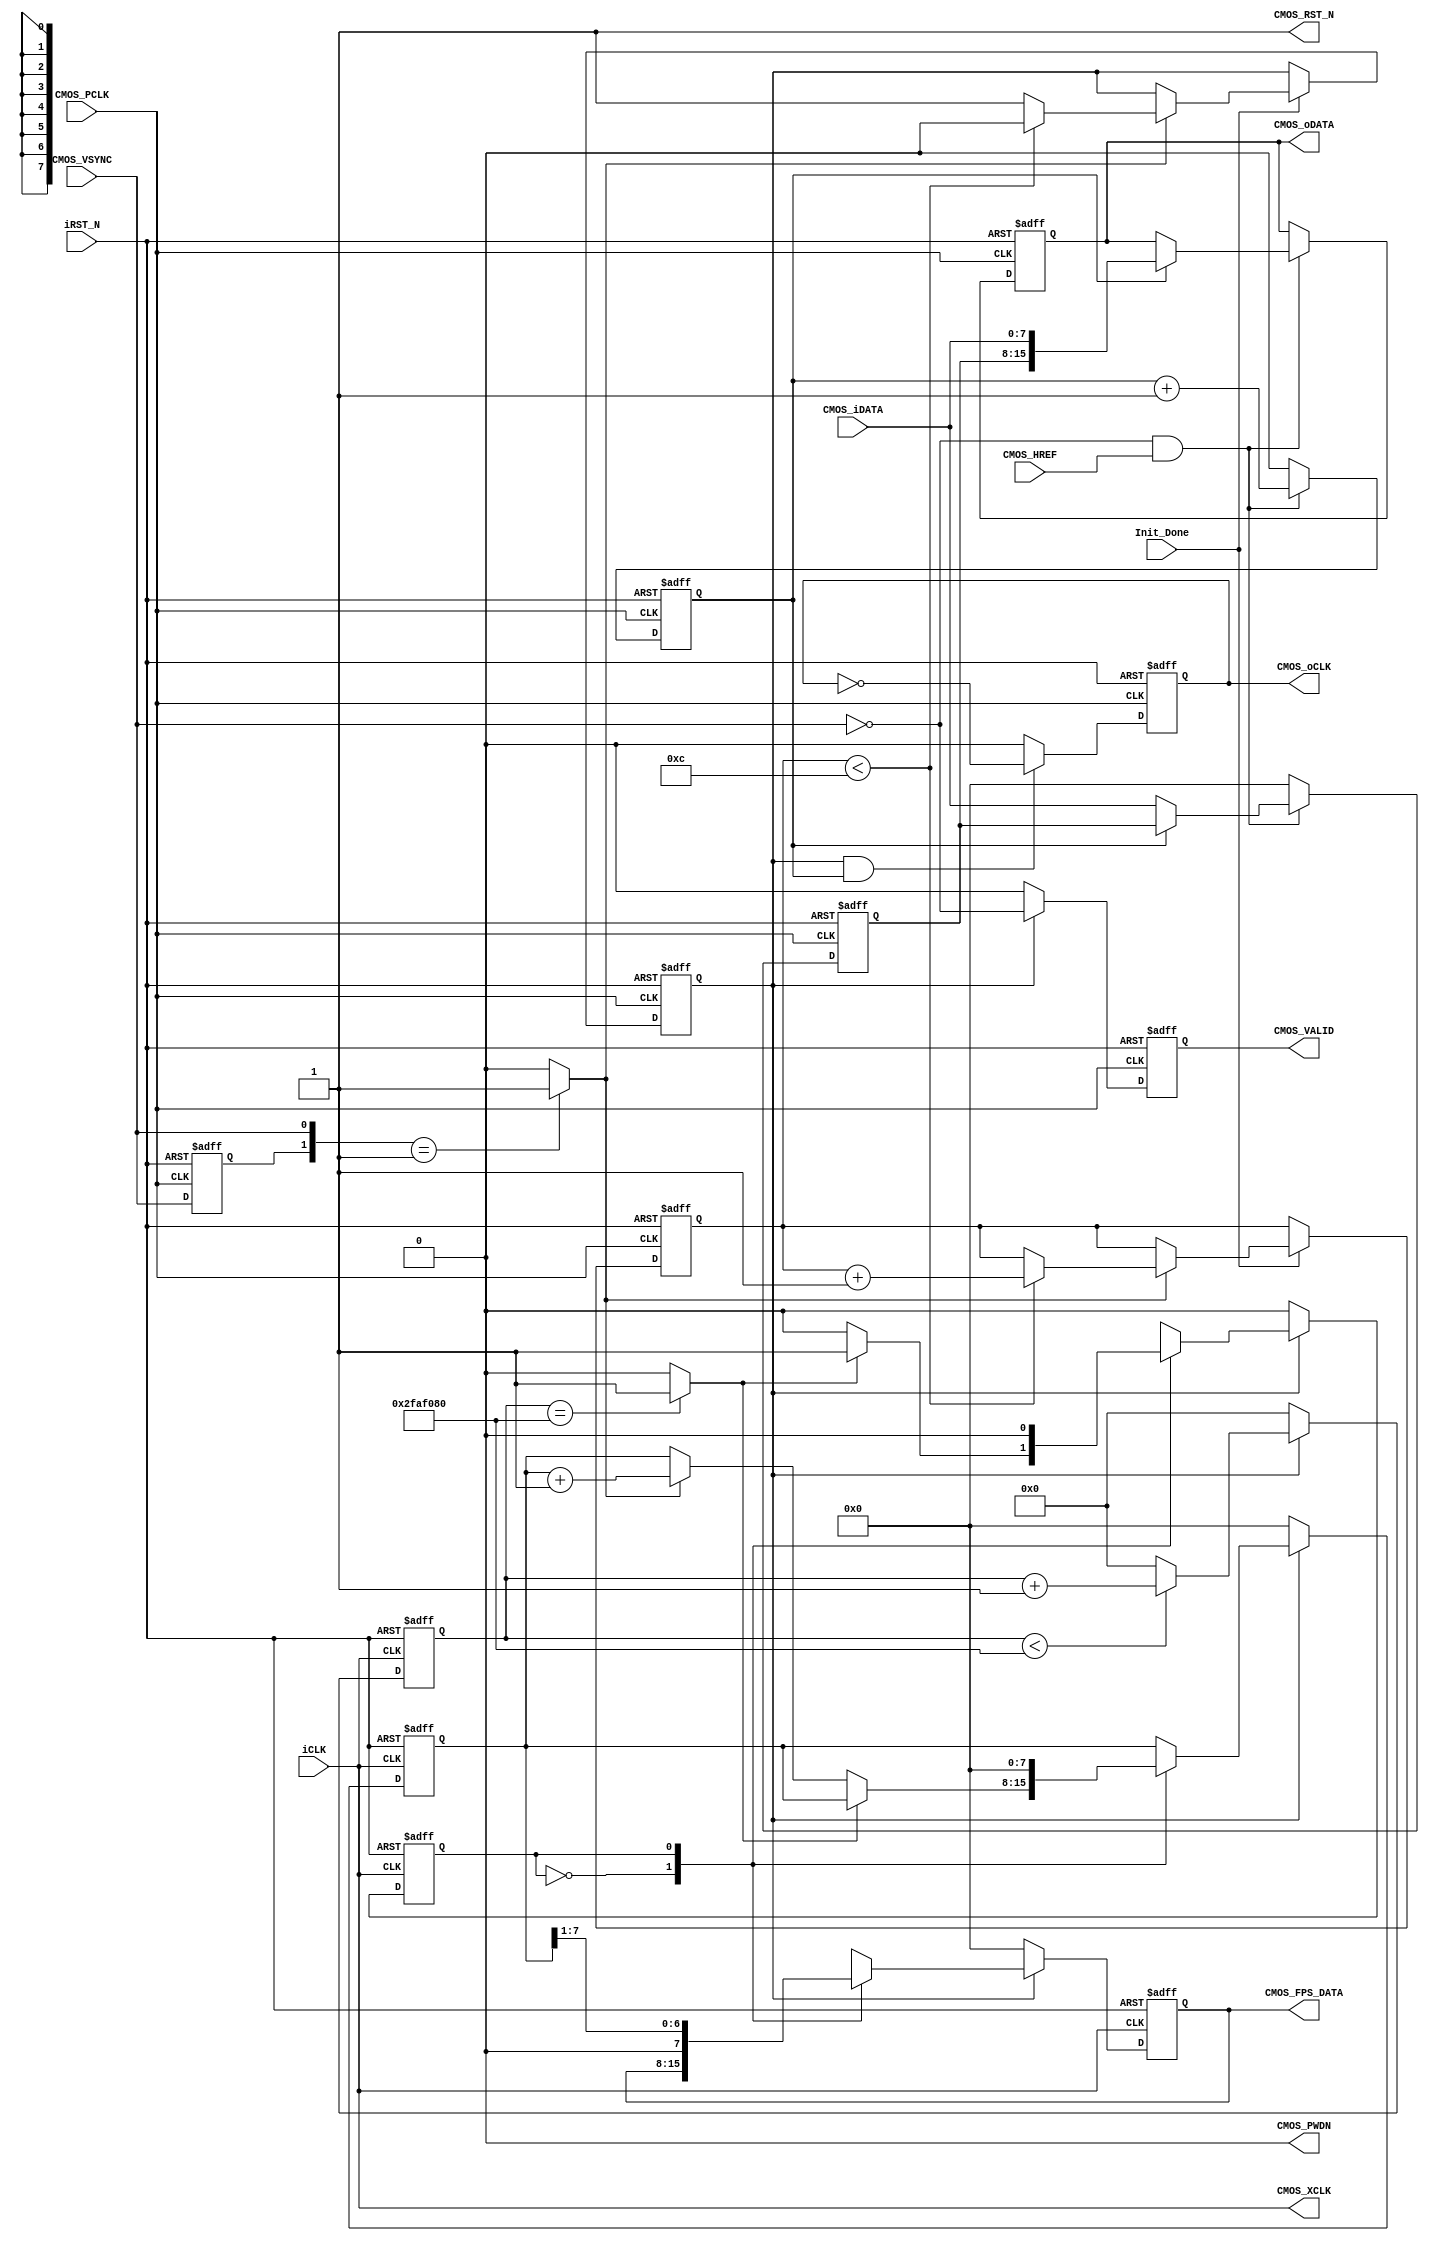
/*-------------------------------------------------------------------------
This confidential and proprietary software may be only used as authorized
by a licensing agreement from Amfpga.
(C) COPYRIGHT 2012 CrazyBingo. ALL RIGHTS RESERVED
Filename			:		CMOS_Capture.v
Author				:		amfpga
Data				:		2013-01-11
Version				:		2.0
Description			:		sdram test with uart interface.
Modification History	:
Data			By			Version			Change Description
===========================================================================

--------------------------------------------------------------------------*/

`timescale 1ns/1ns
module CMOS_Capture
(
	//Global Clock
	input				iCLK,			//25MHz
	input				iRST_N,

	//I2C Initilize Done
	input				Init_Done,		//Init Done
	
	//Sensor Interface
	output				CMOS_RST_N,		//cmos work state(5ms delay for sccb config)
	output				CMOS_PWDN,      //cmos power on	
	output				CMOS_XCLK,		//25MHz
	input				CMOS_PCLK,		//25MHz
	input	[7:0]		CMOS_iDATA,		//CMOS Data
	input				CMOS_VSYNC,		//L: Vaild
	input				CMOS_HREF,		//H: Vaild
	
	//Ouput Sensor Data
	output	reg			CMOS_oCLK,		//1/2 PCLK
	output	reg	[15:0]	CMOS_oDATA,		//16Bits RGB		
	output	reg			CMOS_VALID,		//Data Enable
	output	reg	[7:0]	CMOS_FPS_DATA	//cmos fps
);
assign	CMOS_RST_N = 1'b1;		//cmos work state(5ms delay for sccb config)
assign  CMOS_PWDN = 1'b0;		//cmos power on	
assign	CMOS_XCLK = iCLK;		//25MHz XCLK


//-----------------------------------------------------
////Sensor HS & VS Vaild Capture
/**************************************************
________							       ________
VS		|_________________________________|
HS			  _______	 	   _______
_____________|       |__...___|       |____________
**************************************************/

/*
//----------------------------------------------
reg		mCMOS_HREF;		//
always@(posedge CMOS_PCLK or negedge iRST_N)
begin
	if(!iRST_N)
		mCMOS_HREF <= 0;
	else
		mCMOS_HREF <= CMOS_HREF;		
end
wire	CMOS_HREF_over = ({mCMOS_HREF,CMOS_HREF} == 2'b10) ? 1'b1 : 1'b0;		//HREF 
*/

//----------------------------------------------
reg		mCMOS_VSYNC;
always@(posedge CMOS_PCLK or negedge iRST_N)
begin
	if(!iRST_N)
		mCMOS_VSYNC <= 1;
	else
		mCMOS_VSYNC <= CMOS_VSYNC;		//
end
wire	CMOS_VSYNC_over = ({mCMOS_VSYNC,CMOS_VSYNC} == 2'b01) ? 1'b1 : 1'b0;	//VSYNC


/*
//--------------------------------------------
//Counter the HS & VS Pixel
localparam		H_DISP	=	12'd640;
localparam		V_DISP	=	12'd480;
reg		[11:0]	X_Cont;	//640
reg		[11:0]	Y_Cont;	//480
always@(posedge CMOS_PCLK or negedge iRST_N)
begin
	if(!iRST_N)
		X_Cont <= 0;
	else if(~CMOS_VSYNC & CMOS_HREF)			//
		X_Cont <= (byte_state == 1'b1) ?  X_Cont + 1'b1 : X_Cont;
	else
		X_Cont <= 0;
end

always@(posedge CMOS_PCLK or negedge iRST_N)
begin
	if(!iRST_N)
		Y_Cont <= 0;
	else if(CMOS_VSYNC == 1'b0)
		begin
		if(CMOS_HREF_over == 1'b1)		//HREF 
			Y_Cont <= Y_Cont + 1'b1;
		end
	else
		Y_Cont <= 0;
end
*/

//-----------------------------------------------------
//Change the sensor data from 8 bits to 16 bits.
reg			byte_state;		//byte state count
reg [7:0]  	Pre_CMOS_iDATA;
always@(posedge CMOS_PCLK or negedge iRST_N)
begin
	if(!iRST_N)
		begin
		byte_state <= 0;
		Pre_CMOS_iDATA <= 8'd0;
		CMOS_oDATA <= 16'd0;
		end
	else
		begin
		if(~CMOS_VSYNC & CMOS_HREF)			//{first_byte, second_byte} 
			begin
			byte_state <= byte_state + 1'b1;	//RGB565 = {first_byte, second_byte}
			case(byte_state)
			1'b0 :	Pre_CMOS_iDATA[7:0] <= CMOS_iDATA;
			1'b1 : 	CMOS_oDATA[15:0] <= {Pre_CMOS_iDATA[7:0], CMOS_iDATA[7:0]};
			endcase
			end
		else
			begin
			byte_state <= 0;
			Pre_CMOS_iDATA <= 8'd0;
			CMOS_oDATA <= CMOS_oDATA;
			end
		end
end


//--------------------------------------------
//Wait for Sensor output Data valid 10 Franme
reg	[3:0] 	Frame_Cont;
reg 		Frame_valid;
always@(posedge CMOS_PCLK or negedge iRST_N)
begin
	if(!iRST_N)
		begin
		Frame_Cont <= 0;
		Frame_valid <= 0;
		end
	else if(Init_Done)					//CMOS I2C
		begin
		if(CMOS_VSYNC_over == 1'b1)		//VS1
			begin
			if(Frame_Cont < 12)
				begin
				Frame_Cont	<=	Frame_Cont + 1'b1;
				Frame_valid <= 1'b0;
				end
			else
				begin
				Frame_Cont	<=	Frame_Cont;
				Frame_valid <= 1'b1;		//
				end
			end
		end
end

//-----------------------------------------------------
//CMOS_DATA
always@(posedge CMOS_PCLK or negedge iRST_N)
begin
	if(!iRST_N)
		CMOS_oCLK <= 0;
	else if(Frame_valid == 1'b1 && byte_state)//(X_Cont >= 12'd1 && X_Cont <= H_DISP))
		CMOS_oCLK <= ~CMOS_oCLK;
	else
		CMOS_oCLK <= 0;
end

//----------------------------------------------------
//CMOS_VALID
always@(posedge CMOS_PCLK or negedge iRST_N)
begin
	if(!iRST_N)
		CMOS_VALID <= 0;
	else if(Frame_valid == 1'b1)
		CMOS_VALID <= ~CMOS_VSYNC;
	else
		CMOS_VALID <= 0;
end


/************************************************************
	Caculate Frame Rate per second
*************************************************************/
//-----------------------------------------------------
//	2s 
reg	[25:0]	delay_cnt;	//25_000000 * 2
always@(posedge iCLK or negedge iRST_N)
begin
	if(!iRST_N)
		delay_cnt <= 0;
	else if(Frame_valid)
		begin
		if(delay_cnt < 26'd50_000000)
			delay_cnt <= delay_cnt + 1'b1;
		else
			delay_cnt <= 0;
		end
	else
		delay_cnt <= 0;
end
wire	delay_2s = (delay_cnt == 26'd50_000000) ? 1'b1 : 1'b0;

//-------------------------------------------
//
reg			fps_state;
reg	[7:0]	fps_data;
always@(posedge iCLK or negedge iRST_N)
begin
	if(!iRST_N)
		begin
		fps_data <= 0;
		fps_state <= 0;
		CMOS_FPS_DATA <= 0;
		end
	else if(Frame_valid)
		begin
		case(fps_state)
		0:	begin
			CMOS_FPS_DATA <= CMOS_FPS_DATA;
			if(delay_2s == 0)
				begin
				fps_state <= 0;
				if(CMOS_VSYNC_over == 1'b1)		//VS1
					fps_data <= fps_data + 1'b1;
				end
			else
				fps_state <= 1;
			end
		1:	begin
			fps_state <= 0;
			fps_data <= 0;
			CMOS_FPS_DATA <= fps_data >>1;
			end
		endcase
		end
	else
		begin
		fps_data <= 0;
		fps_state <= 0;
		CMOS_FPS_DATA <= 0;
		end
end


endmodule